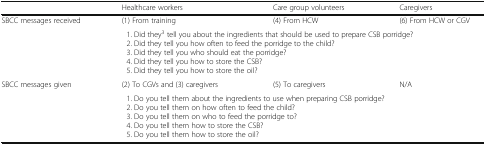
|  | Healthcare workers | Care group volunteers | Caregivers |
 | --- | --- | --- | --- |
 | <ROWSPAN=2> SBCC messages received | (1) From training | (4) From HCW | (6) From HCW or CGV |
 | <COLSPAN=3> 1. Did they3 tell you about the ingredients that should be used to prepare CSB porridge? 2. Did they tell you how often to feed the porridge to the child? 3. Did they tell you who should eat the porridge? 4. Did they tell you how to store the CSB? 5. Did they tell you how to store the oil? |
 | <ROWSPAN=2> SBCC messages given | (2) To CGVs and (3) caregivers | (5) To caregivers | N/A |
 | <COLSPAN=3> 1. Do you tell them about the ingredients to use when preparing CSB porridge? 2. Do you tell them on how often to feed the child? 3. Do you tell them on who to feed the porridge to? 4. Do you tell them how to store the CSB? 5. Do you tell them how to store the oil? |